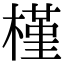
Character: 槿